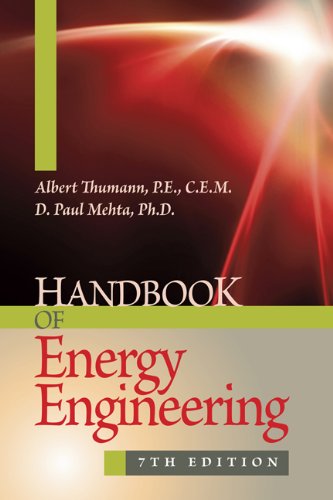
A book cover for Handbook of Energy Engineering, Seventh Edition; Albert Thumann; Business & Money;